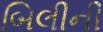
બિલીની